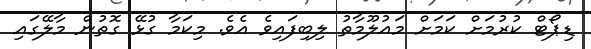
ޑިޕޯޓް ކުރުމަށް ކަމަށް މައުލޫމާތު ލިބިފައިވެ އެވެ. މިކަމާ ގުޅޭ ގޮތުން މާލޭގައި